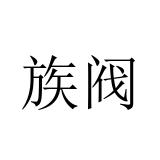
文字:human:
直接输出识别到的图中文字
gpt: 族阀